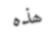
ھذه